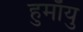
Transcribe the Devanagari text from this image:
हुमाँयु